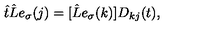
\hat { t } \hat { L } e _ { \sigma } ( j ) = [ \hat { L } e _ { \sigma } ( k ) ] D _ { k j } ( t ) ,